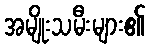
အမျိုးသမီးများ၏